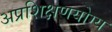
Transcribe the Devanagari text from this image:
अप्रशिक्षणयोग्य